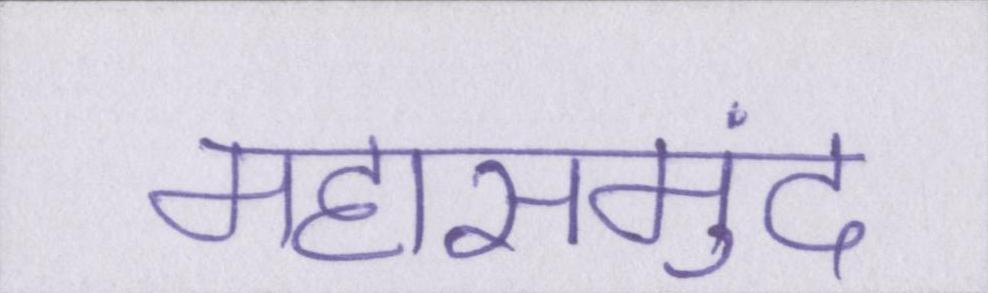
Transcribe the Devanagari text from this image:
महासमुंद